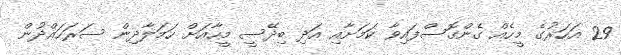
29 އަހަރުގެ މީހެއް ގެންގޮސްފައިވާ ކަމަށާއި އަދި ބިދޭސީ މީހާއަށް ހަމަލާދިން ސަރަހައްދުން